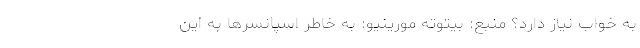
به خواب نیاز دارد؟ منبع: بیتوته مورینیو: به خاطر اسپانسرها به این